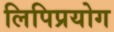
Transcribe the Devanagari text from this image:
लिपिप्रयोग